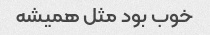
خوب بود مثل همیشه